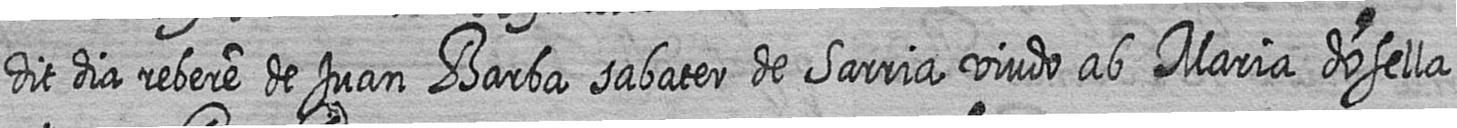
dit dia rebere de Juan Barba sabater de Sarria viudo ab Maria dosella